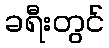
ခရီးတွင်